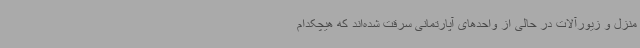
منزل و زیورآلات در حالی از واحدهای آپارتمانی سرقت شده‌اند که هیچکدام